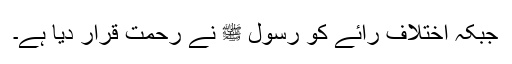
جبکہ اختلاف رائے کو رسول ﷺ نے رحمت قرار دیا ہے۔